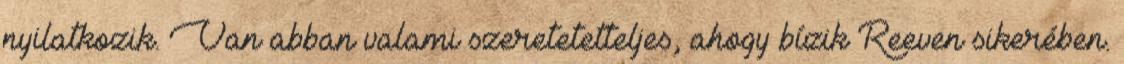
nyilatkozik. Van abban valami szeretetetteljes, ahogy bízik Reeven sikerében.